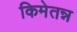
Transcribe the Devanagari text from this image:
किमेतन्न